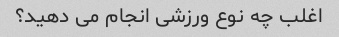
اغلب چه نوع ورزشی انجام می دهید؟